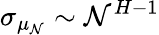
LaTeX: \sigma_{\mu_{\mathcal{N}}}\sim\mathcal{N}^{H-1}